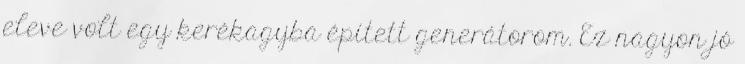
eleve volt egy kerékagyba épített generátorom. Ez nagyon jó